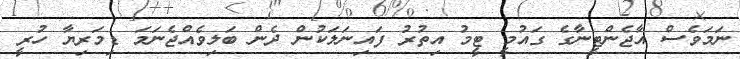
ނަމަވެސް އާޖެންޓީނާގެ ގައުމީ ޓީމު އިތުރު ފައިނަލަކުން ދެން ބަލިވެއްޖެނަމަ ޑިމަރިޔާ ހުރީ